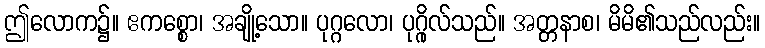
ဤလောက၌။ ဧကစ္စော၊ အချို့သော။ ပုဂ္ဂလော၊ ပုဂ္ဂိုလ်သည်။ အတ္တနာစ၊ မိမိ၏သည်လည်း။